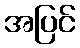
အပြင်